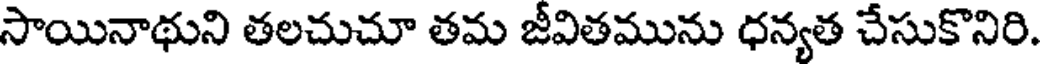
సాయినాథుని తలచుచూ తమ జీవితమును ధన్యత చేసుకొనిరి.